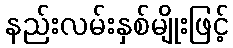
နည်းလမ်းနှစ်မျိုးဖြင့်